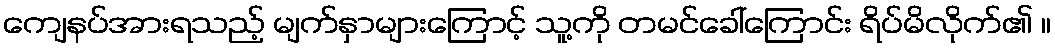
ကျေနပ်အားရသည့် မျက်နှာများကြောင့် သူ့ကို တမင်ခေါ်ကြောင်း ရိပ်မိလိုက်၏ ။